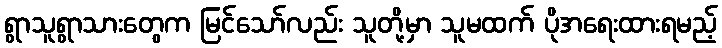
ရွာသူရွာသားတွေက မြင်သော်လည်း သူတို့မှာ သူမထက် ပိုအရေးထားရမည့်